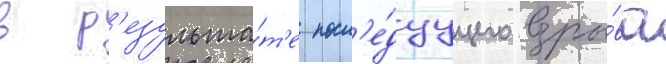
в р'езульта́т'е посл'е́дуущего взры́ва